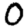
Digit: 0